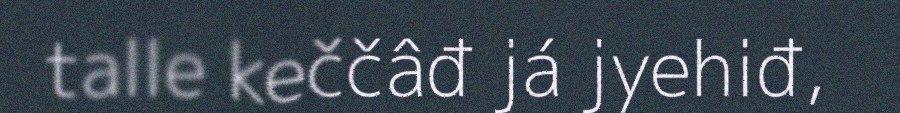
talle keččâđ já jyehiđ,